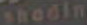
shadin